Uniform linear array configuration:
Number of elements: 32
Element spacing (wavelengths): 0.75
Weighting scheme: uniform
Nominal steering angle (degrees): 15
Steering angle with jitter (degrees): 13.834
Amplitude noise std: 0.05
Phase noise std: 0.05

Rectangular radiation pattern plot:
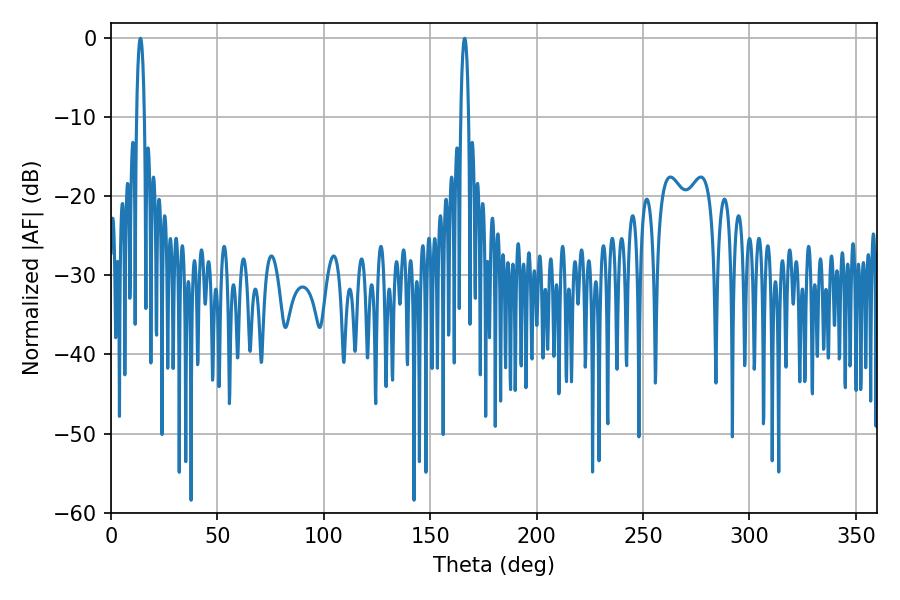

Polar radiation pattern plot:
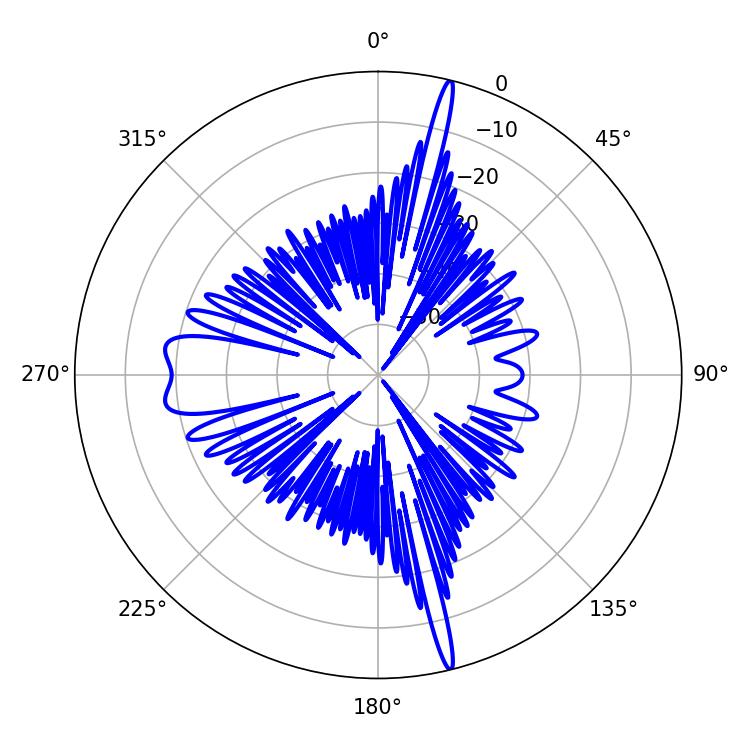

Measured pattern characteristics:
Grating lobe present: TRUE
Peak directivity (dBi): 21.914
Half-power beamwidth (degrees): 1.98
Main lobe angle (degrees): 166.14